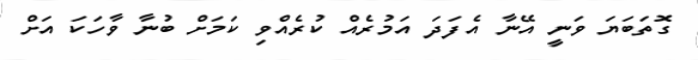
ގޮތަބަޔަ ވަނީ އޭނާ އެފަދަ އަމުރެއް ކުރެއްވި ކަމަށް ބުނާ ވާހަކަ އަށް